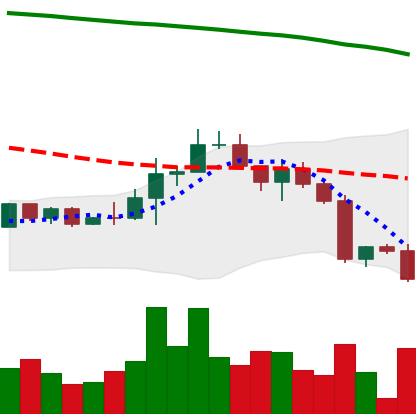
Ticker: EOS-USD
Chart end date: 2022-12-19
Forward return: 4.115%
Label: up_3_5